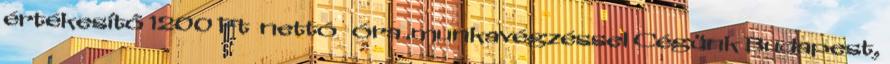
értékesítő 1200 Ft nettó óra .munkavégzéssel Cégünk Budapest,